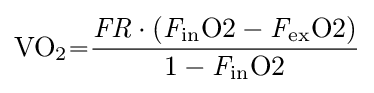
{\ce {VO2={\frac {{\mathit {FR}}\cdot ({\mathit {F}}_{in}O2-{\mathit {F}}_{ex}O2)}{1-{\mathit {F}}_{in}O2}}}}